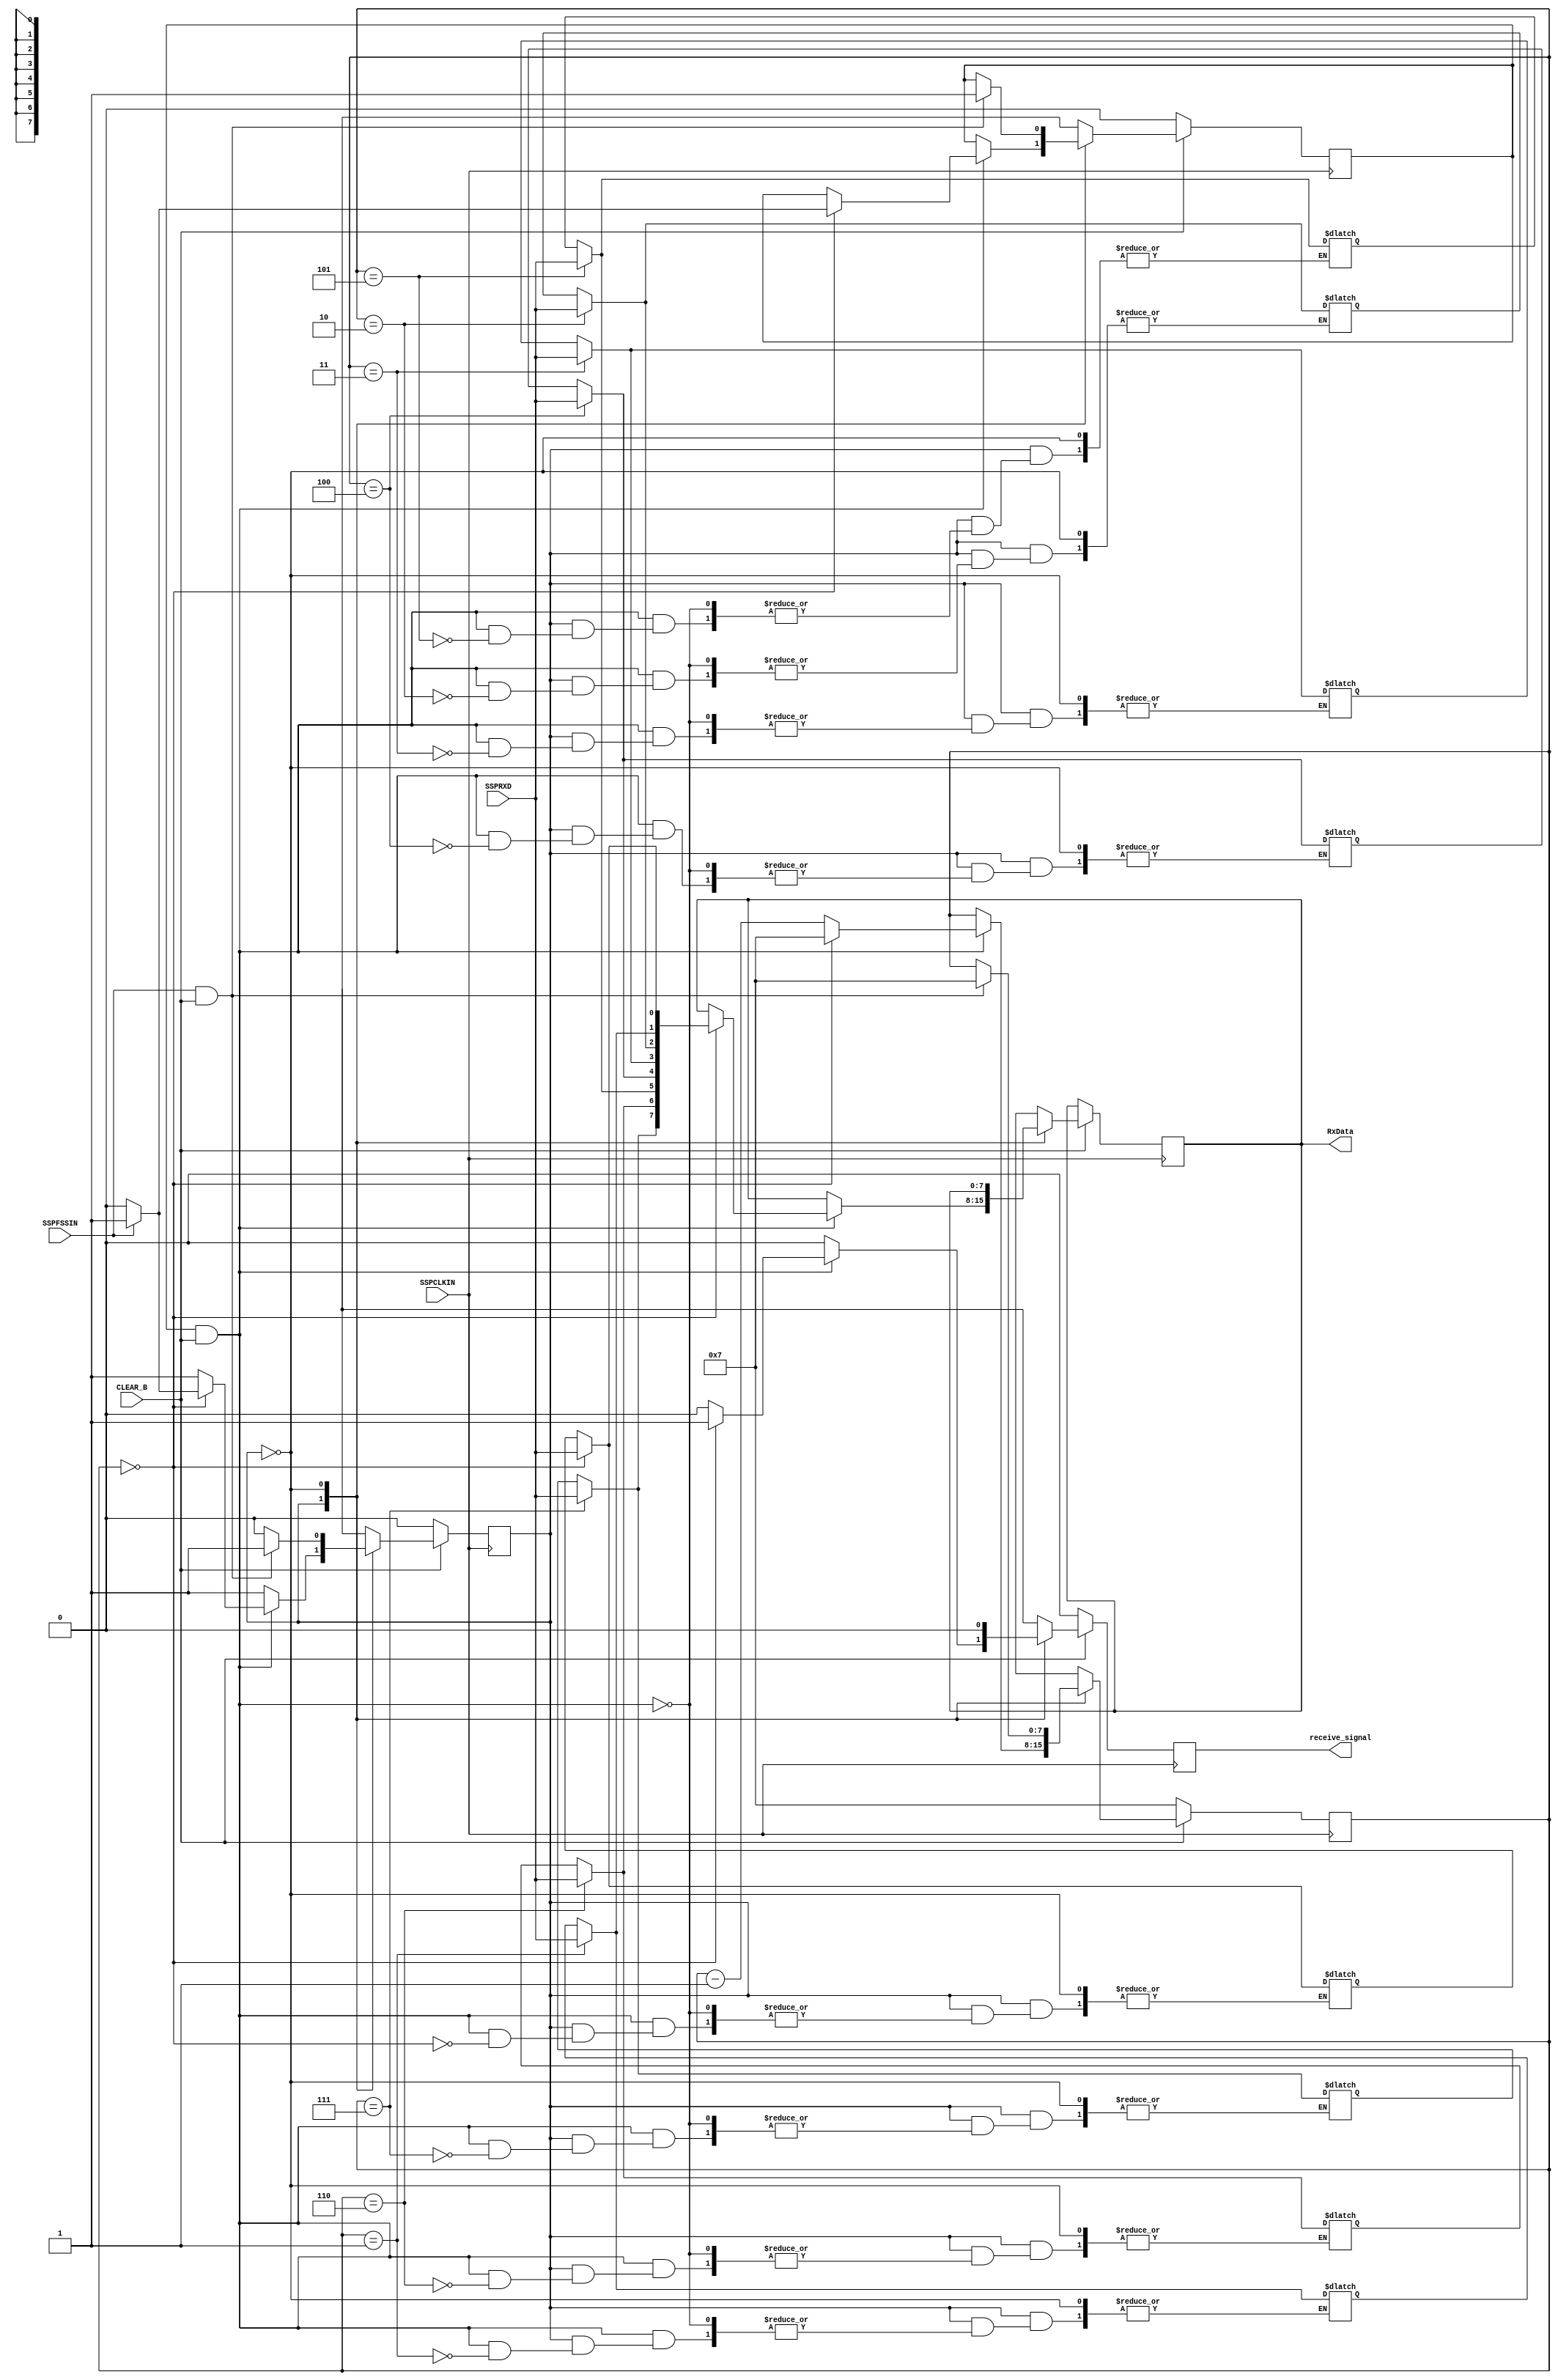
module serial_to_parallel
#(  
    parameter N = 8
)
(
    input wire SSPCLKIN, CLEAR_B,
    input wire SSPRXD, // serial data
    input wire SSPFSSIN,
    output reg [N-1:0] RxData,  // parallel data
    output reg receive_signal
);

reg [N-1:0] data_reg;
reg [N-1:0] count_reg, count_next;
reg [N-1:0] RxData_next;

reg rx_state_reg, rx_state_reg_next, start_rx,start_rx_next,receive_signal_next;
localparam  rx =1'b1, no_rx = 1'b0;


// save initial and next value in register
always @(posedge SSPCLKIN) begin
    if(~CLEAR_B) begin
        count_reg <= N-1;
        // data_reg <= 0;
        rx_state_reg <= no_rx;
        start_rx <= 0;

        receive_signal <= 0;
    end
    else begin
        count_reg <= count_next;
        rx_state_reg <= rx_state_reg_next; 
        RxData <=RxData_next;
        start_rx <=start_rx_next;

        receive_signal <= receive_signal_next;
    end
end


always @* begin
    count_next = count_reg;
    rx_state_reg_next =  rx_state_reg ; 
    RxData_next =  RxData;
    start_rx_next = start_rx;

    // receive_signal_next = receive_signal;
   receive_signal_next = 0;
    case (rx_state_reg)
        rx: begin
            if (start_rx & CLEAR_B)begin
                data_reg[count_reg] = SSPRXD;
                // $strobe("In rx state, when start_rx is 1");
                count_next = count_reg - 1;
                if (count_reg == 0)begin
                    count_next = N-1;
                    RxData_next = data_reg;

                    receive_signal_next = 1;

                    // $display(" time = %0d SSPRXD = %b SSPFSSIN = %b  Rx_data:%h",$time,SSPRXD, SSPFSSIN,RxData_next);
                    if (SSPFSSIN)begin
                        start_rx_next = 1;
                        rx_state_reg_next = rx;
                    end
                    else begin
                        start_rx_next = 0;
                        rx_state_reg_next = no_rx;
                    end
                end
            end
        end
        no_rx: begin
            if ((SSPFSSIN == 1) & CLEAR_B)begin
               count_next = N-1;
               start_rx_next = 1;
               rx_state_reg_next = rx; 
            end
        end
    endcase
end
endmodule